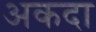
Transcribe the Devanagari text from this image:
अकदा